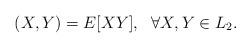
LaTeX: \begin{align*}(X,Y)=E[XY],\ \ \forall X,Y \in L_2.\end{align*}